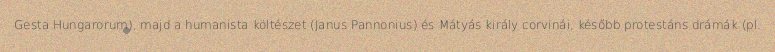
Gesta Hungarorum), majd a humanista költészet (Janus Pannonius) és Mátyás király corvinái, később protestáns drámák (pl.